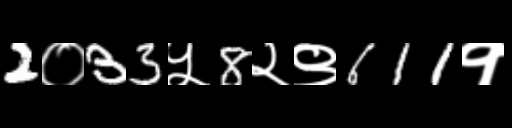
Text: 2०33५8२९611१